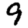
Digit: 9